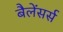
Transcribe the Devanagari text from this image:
बैलेंसर्स